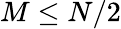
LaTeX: M\le N/2